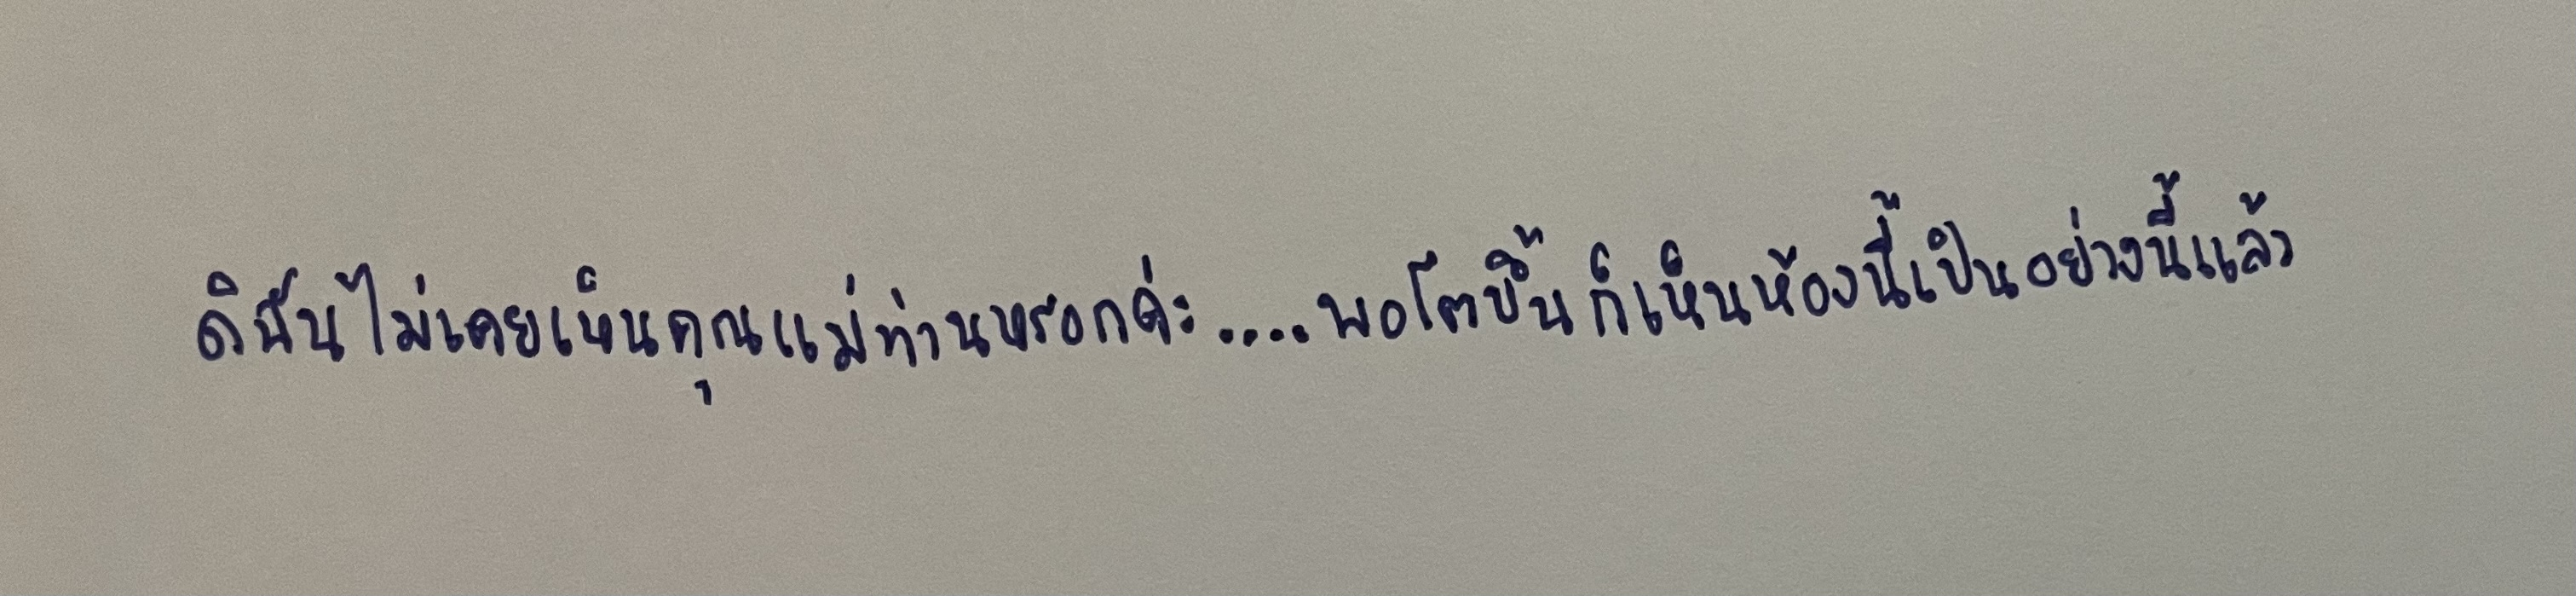
ดิฉันไม่เคยเห็นคุณแม่ท่านหรอกค่ะ....พอโตขึ้นก็เห็นห้องนี้เป็นอย่างนี้แล้ว